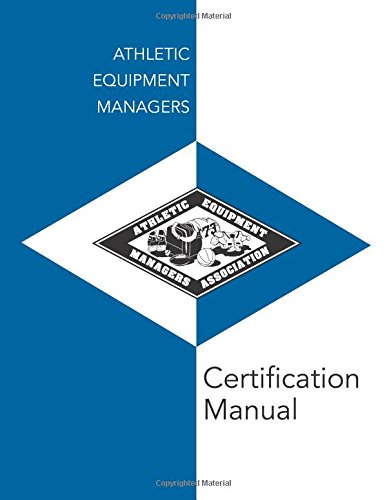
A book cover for Athletic Equipment Managers Certification Manual; Dale Strauf; Education & Teaching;